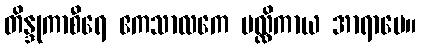
တိန္ဒုကာစီရေ ဧကသာလကေ မလ္လိကာယ အာရာမေ။